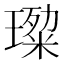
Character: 𭹷